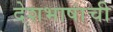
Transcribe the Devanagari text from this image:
देशभाषांची